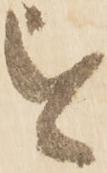
を